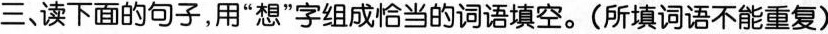
三、读下面的句子,用“想”字组成恰当的词语填空。(所填词语不能重复)